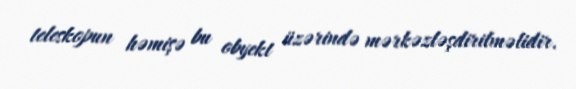
teleskopun həmişə bu obyekt üzərində mərkəzləşdirilməlidir.